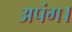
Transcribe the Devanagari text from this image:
अपंग।